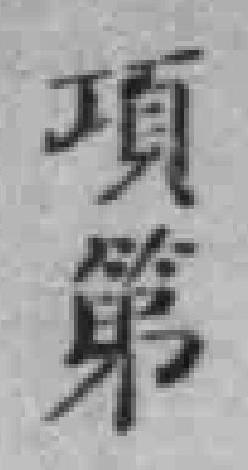
項第